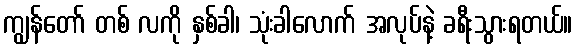
ကျွန်တော် တစ် လကို နှစ်ခါ၊ သုံးခါလောက် အလုပ်နဲ့ ခရီးသွားရတယ်။